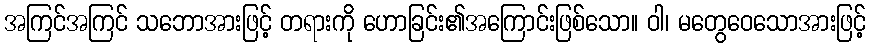
အကြင်အကြင် သဘောအားဖြင့် တရားကို ဟောခြင်း၏အကြောင်းဖြစ်သော။ ဝါ၊ မတွေဝေသောအားဖြင့်